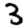
Digit: 3